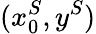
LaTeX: (x_{0}^{S},y^{S})